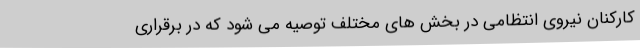
کارکنان نیروی انتظامی در بخش های مختلف توصیه می شود که در برقراری